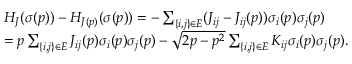
\begin{array} { r l } & { H _ { J } ( \sigma ( p ) ) - H _ { J ( p ) } ( \sigma ( p ) ) = - \sum _ { \{ i , j \} \in E } ( J _ { i j } - J _ { i j } ( p ) ) \sigma _ { i } ( p ) \sigma _ { j } ( p ) } \\ & { = p \sum _ { \{ i , j \} \in E } J _ { i j } ( p ) \sigma _ { i } ( p ) \sigma _ { j } ( p ) - \sqrt { 2 p - p ^ { 2 } } \sum _ { \{ i , j \} \in E } K _ { i j } \sigma _ { i } ( p ) \sigma _ { j } ( p ) . } \end{array}